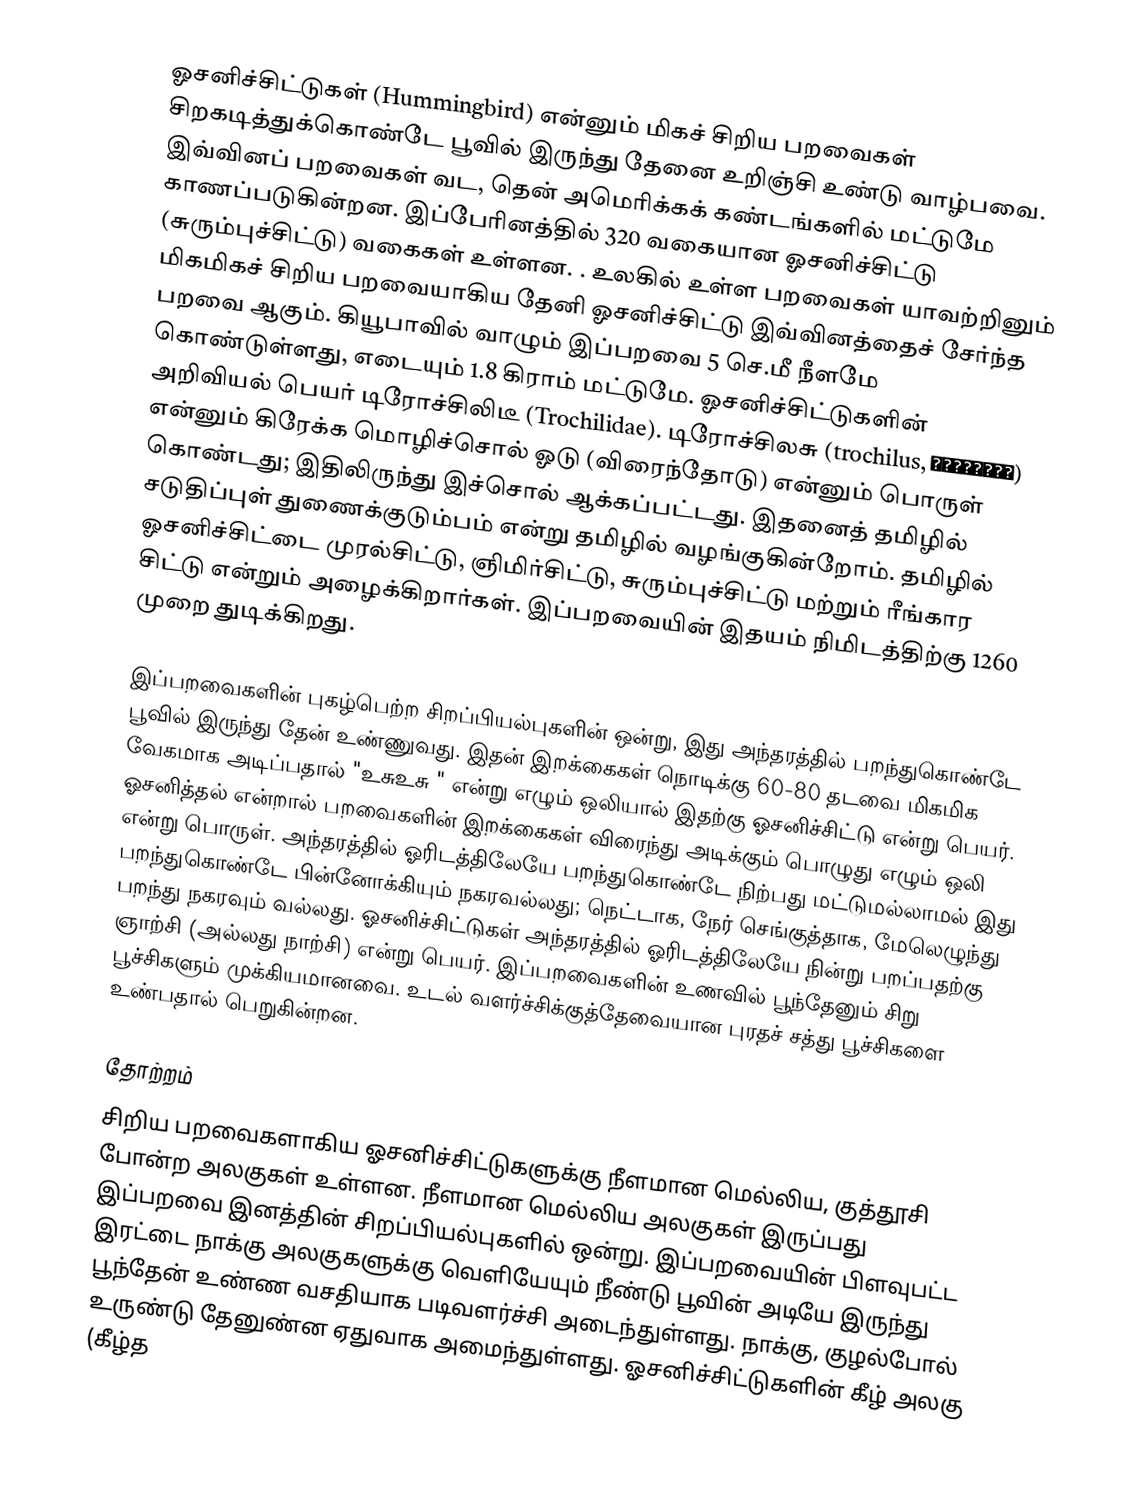
ஓசனிச்சிட்டுகள் (Hummingbird) என்னும் மிகச் சிறிய பறவைகள் சிறகடித்துக்கொண்டே பூவில் இருந்து தேனை உறிஞ்சி உண்டு வாழ்பவை. இவ்வினப் பறவைகள் வட, தென் அமெரிக்கக் கண்டங்களில் மட்டுமே காணப்படுகின்றன. இப்பேரினத்தில் 320 வகையான ஓசனிச்சிட்டு  (சுரும்புச்சிட்டு) வகைகள் உள்ளன. . உலகில் உள்ள பறவைகள் யாவற்றினும் மிகமிகச் சிறிய பறவையாகிய தேனி ஓசனிச்சிட்டு இவ்வினத்தைச் சேர்ந்த பறவை ஆகும். கியூபாவில் வாழும் இப்பறவை 5 செ.மீ நீளமே கொண்டுள்ளது, எடையும் 1.8 கிராம் மட்டுமே. ஓசனிச்சிட்டுகளின் அறிவியல் பெயர் டிரோச்சிலிடீ (Trochilidae). டிரோச்சிலசு (trochilus, τροχιλός) என்னும் கிரேக்க மொழிச்சொல் ஓடு (விரைந்தோடு) என்னும் பொருள் கொண்டது; இதிலிருந்து இச்சொல் ஆக்கப்பட்டது. இதனைத் தமிழில் சடுதிப்புள் துணைக்குடும்பம் என்று தமிழில் வழங்குகின்றோம். தமிழில் ஓசனிச்சிட்டை முரல்சிட்டு, ஞிமிர்சிட்டு, சுரும்புச்சிட்டு மற்றும் ரீங்கார சிட்டு என்றும் அழைக்கிறார்கள். இப்பறவையின் இதயம் நிமிடத்திற்கு 1260 முறை துடிக்கிறது.

இப்பறவைகளின் புகழ்பெற்ற சிறப்பியல்புகளின் ஒன்று, இது அந்தரத்தில் பறந்துகொண்டே பூவில் இருந்து தேன் உண்ணுவது. இதன் இறக்கைகள் நொடிக்கு 60-80 தடவை மிகமிக வேகமாக அடிப்பதால் "உசுஉசு " என்று எழும் ஒலியால் இதற்கு ஓசனிச்சிட்டு என்று பெயர். ஓசனித்தல் என்றால் பறவைகளின் இறக்கைகள் விரைந்து அடிக்கும் பொழுது எழும் ஒலி என்று பொருள். அந்தரத்தில் ஓரிடத்திலேயே பறந்துகொண்டே நிற்பது மட்டுமல்லாமல் இது பறந்துகொண்டே பின்னோக்கியும்  நகரவல்லது; நெட்டாக, நேர் செங்குத்தாக, மேலெழுந்து பறந்து நகரவும் வல்லது. ஓசனிச்சிட்டுகள் அந்தரத்தில் ஓரிடத்திலேயே நின்று பறப்பதற்கு ஞாற்சி (அல்லது நாற்சி) என்று பெயர். இப்பறவைகளின் உணவில் பூந்தேனும் சிறு பூச்சிகளும் முக்கியமானவை. உடல் வளர்ச்சிக்குத்தேவையான புரதச் சத்து பூச்சிகளை உண்பதால் பெறுகின்றன.

தோற்றம்
சிறிய பறவைகளாகிய ஓசனிச்சிட்டுகளுக்கு நீளமான மெல்லிய, குத்தூசி போன்ற அலகுகள் உள்ளன. நீளமான மெல்லிய அலகுகள் இருப்பது இப்பறவை இனத்தின் சிறப்பியல்புகளில் ஒன்று. இப்பறவையின் பிளவுபட்ட இரட்டை நாக்கு அலகுகளுக்கு வெளியேயும் நீண்டு பூவின் அடியே இருந்து பூந்தேன் உண்ண வசதியாக படிவளர்ச்சி அடைந்துள்ளது.  நாக்கு, குழல்போல் உருண்டு தேனுண்ன ஏதுவாக அமைந்துள்ளது. ஓசனிச்சிட்டுகளின் கீழ் அலகு (கீழ்த